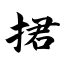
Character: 捃